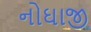
નોઘાજી